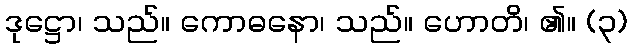
ဒုဋ္ဌော၊ သည်။ ကောဓနော၊ သည်။ ဟောတိ၊ ၏။ (၃)